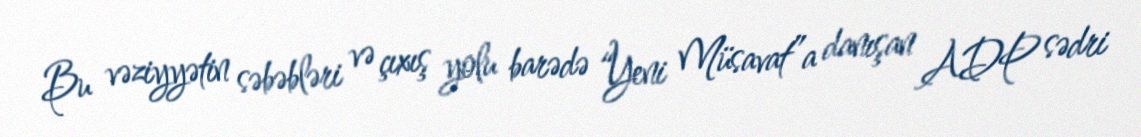
Bu vəziyyətin səbəbləri və çıxış yolu barədə “Yeni Müsavat”a danışan ADP sədri